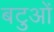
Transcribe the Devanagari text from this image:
बटुओं